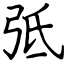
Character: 弤